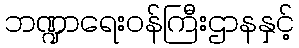
ဘဏ္ဍာရေးဝန်ကြီးဌာနနှင့်